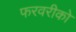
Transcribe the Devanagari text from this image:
फरवरीको